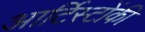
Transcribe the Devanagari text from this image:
आर्टिस्टोंकी